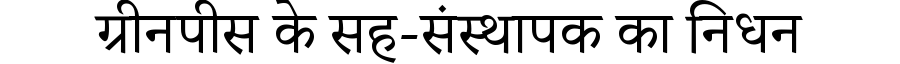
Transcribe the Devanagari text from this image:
ग्रीनपीस के सह-संस्थापक का निधन